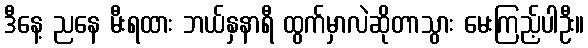
ဒီနေ့ ညနေ မီးရထား ဘယ်နှနာရီ ထွက်မှာလဲဆိုတာသွား မေးကြည့်ပါဦး။